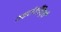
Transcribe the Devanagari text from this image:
माइटोकाँण्ड्रियाँ